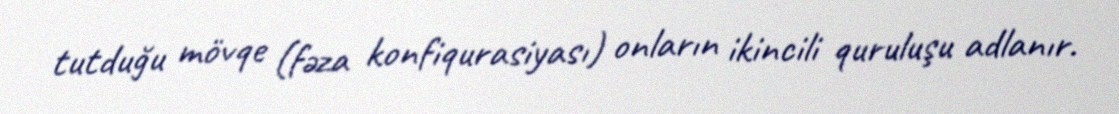
tutduğu mövqe (fəza konfiqurasiyası) onların ikincili quruluşu adlanır.